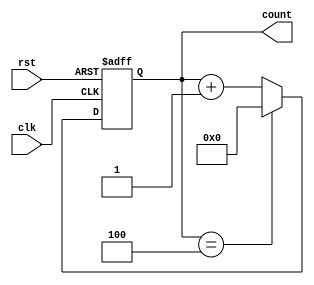
module ModulusCounter (
    input wire clk,
    input wire rst,
    output reg [N-1:0] count
);

parameter N = 8; // Number of bits for the counter
parameter MOD = 5; // Modulus value

always @(posedge clk or posedge rst)
begin
    if (rst)
        count <= 0;
    else if (count == MOD-1)
        count <= 0;
    else
        count <= count + 1;
end

endmodule